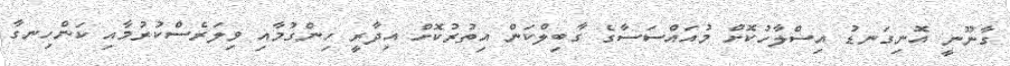
ގާނޫނީ އޮނިގަނޑު އިސްލާހުކޮށް މުއައްސަސާގެ ގާބިލްކަން އިތުރުކޮށް އިދާރީ ހިންގުމާއި ވިލަރެސްކުރުމާއި ކަންހިނގާ